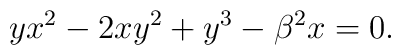
y x^{2}-2 x y^2 +y^3 -\beta^{2}x=0.